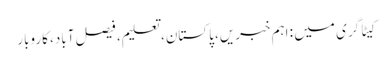
کیٹاگری میں : اہم خبریں، پاکستان، تعلیم، فیصل آباد، کاروبار